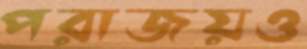
পরাজয়ও